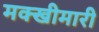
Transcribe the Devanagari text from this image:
मक्खीमारी